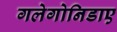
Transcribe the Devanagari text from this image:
गलेगोनिडाए